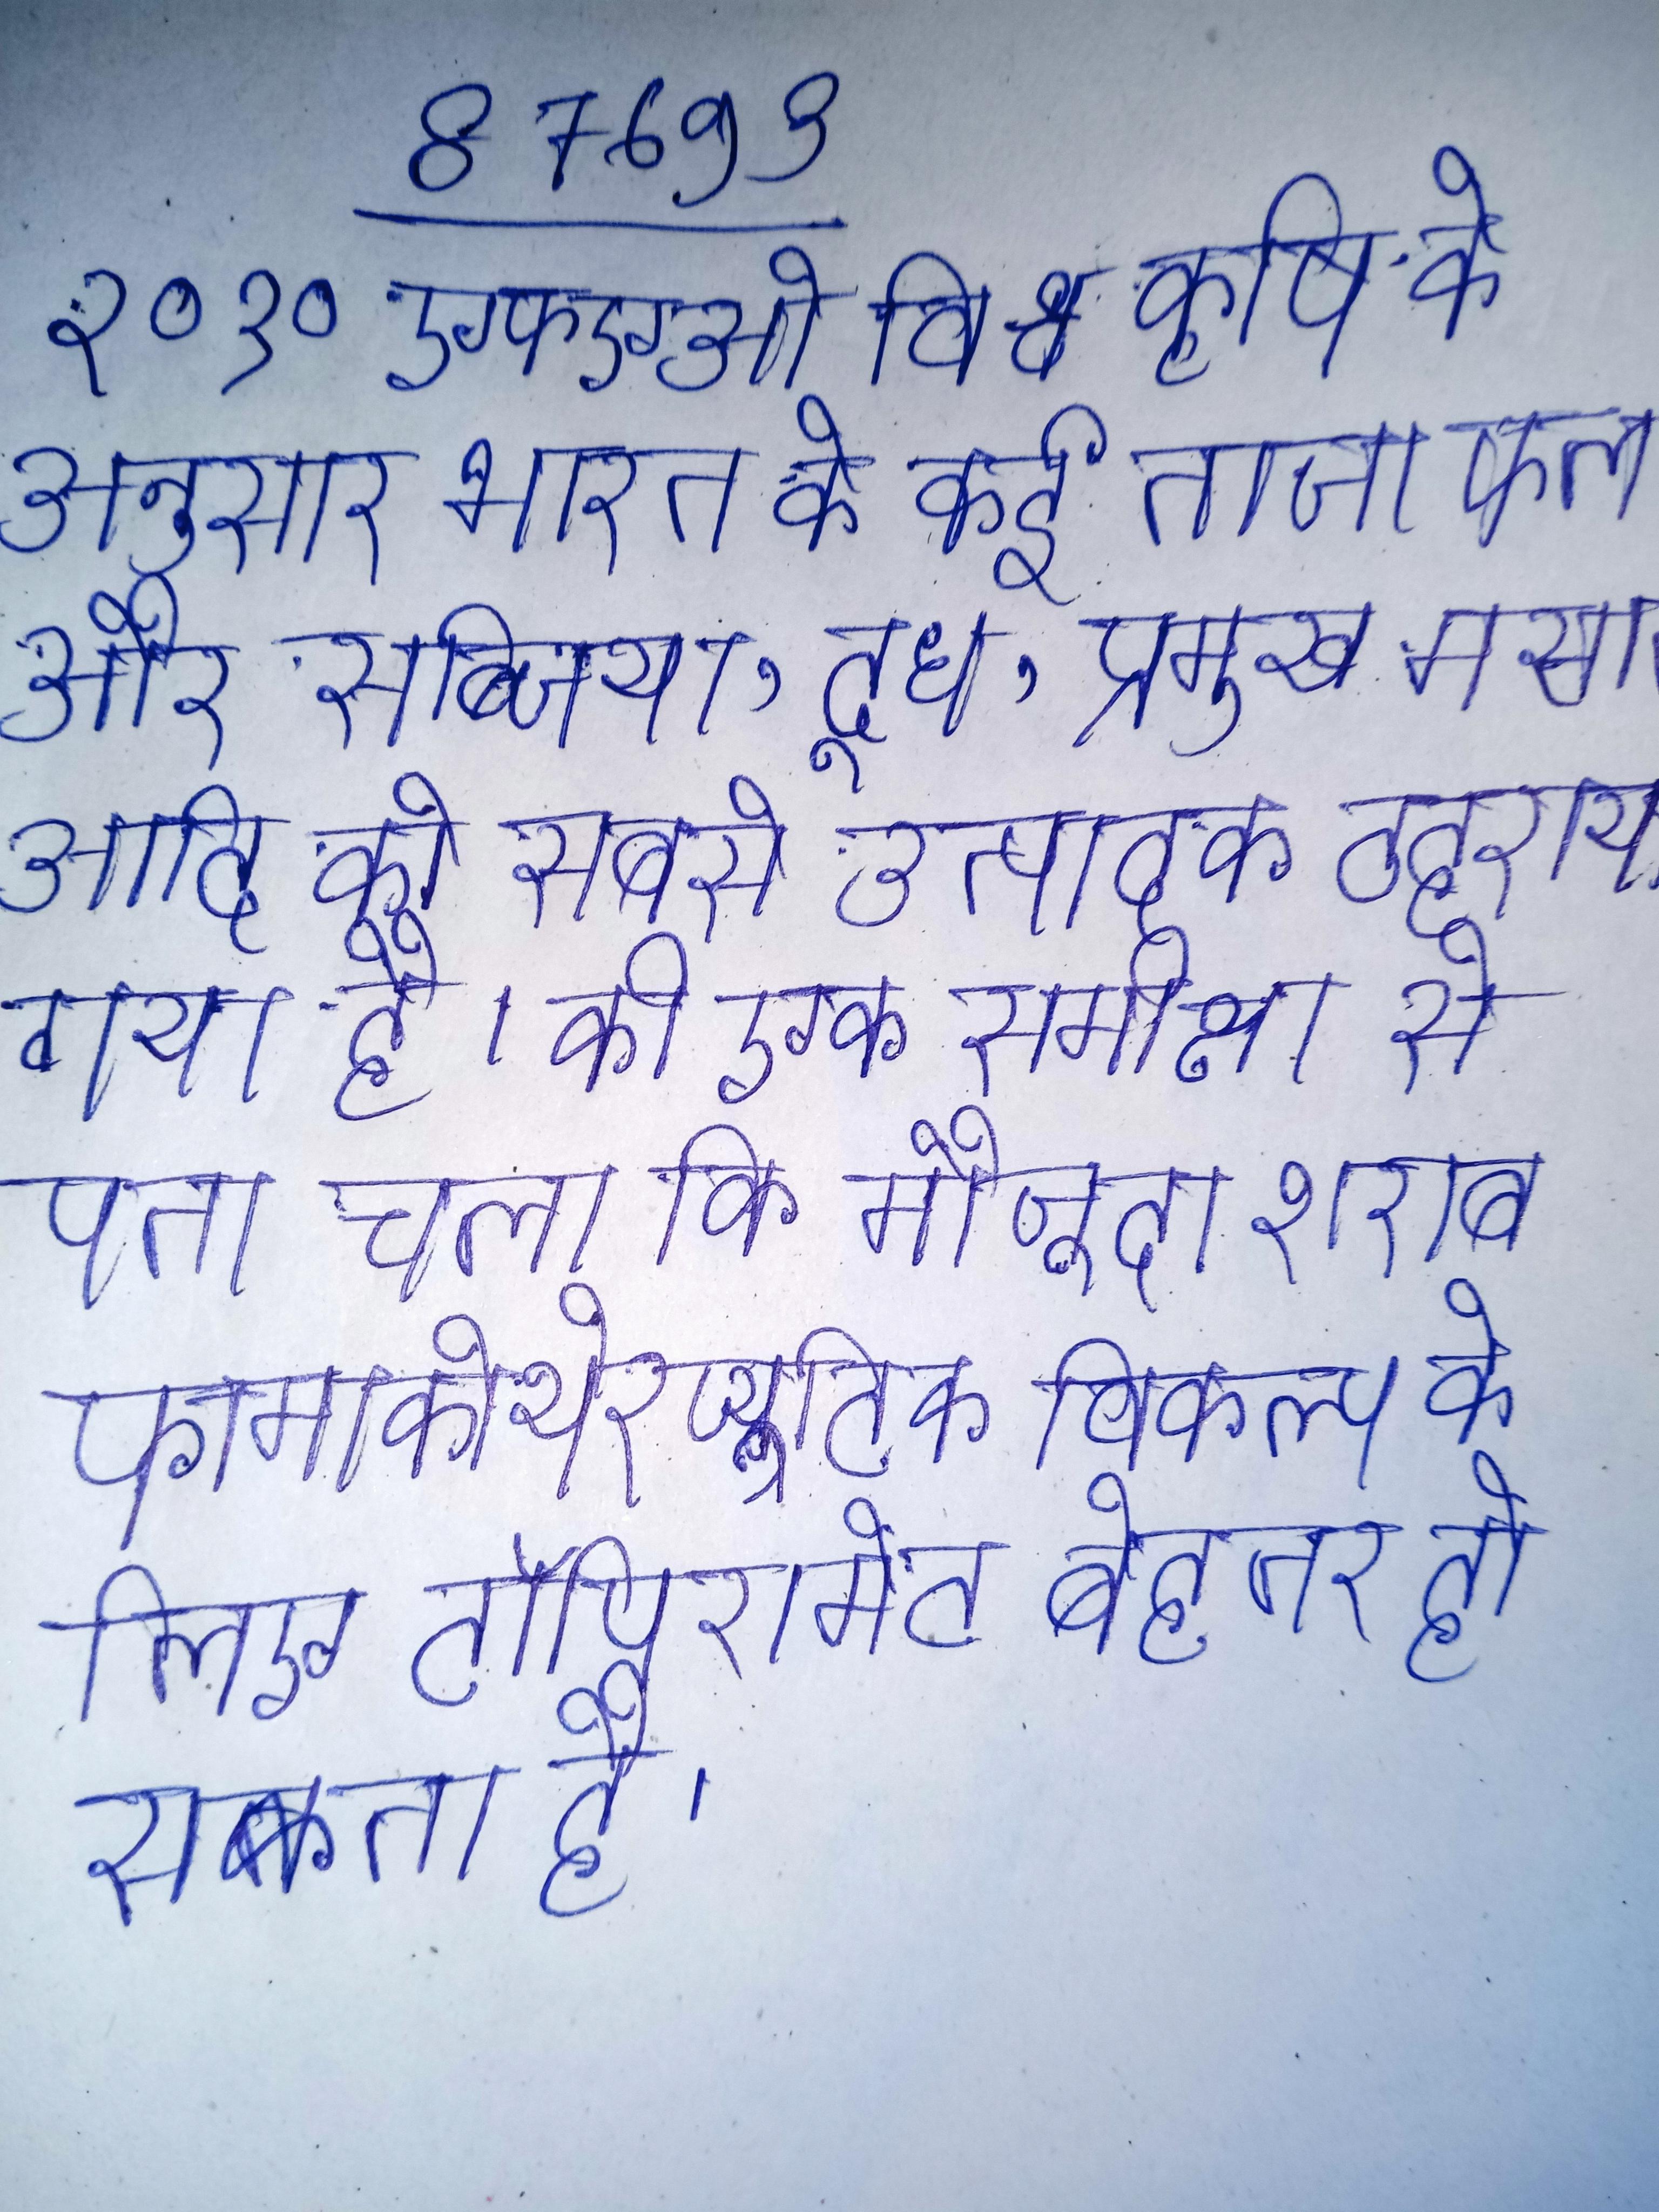
२०१० एफएओ विश्व कृषि के अनुसार भारत के कई ताजा फल और सब्जिया, दूध, प्रमुख मसाले आदि को सबसे उत्पादक ठहराया गया है । की एक समीक्षा से पता चला कि मौजूदा शराब फामाकोथेरप्यूटिक विकल्प के लिए टॉपिरामेट बेहतर हो सकता है ।